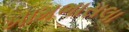
ખામભાસલા